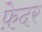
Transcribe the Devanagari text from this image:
फ़ेदर